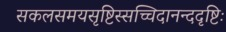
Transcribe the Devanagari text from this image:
सकलसमयसृष्टिस्सच्चिदानन्ददृष्टिः